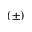
( \pm )